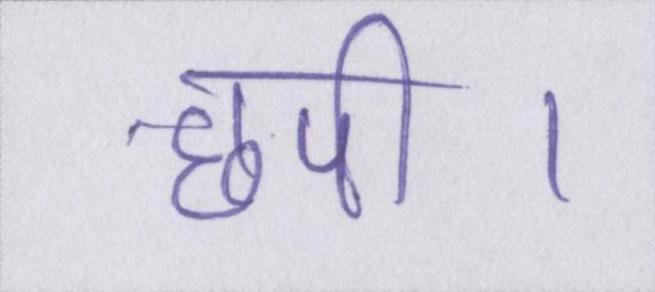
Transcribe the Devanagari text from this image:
छपी।